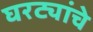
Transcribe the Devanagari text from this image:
घरट्यांचे